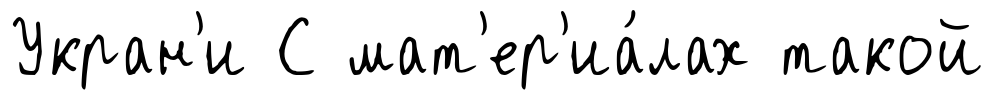
Укран'и С мат'ер'иа́лах такой